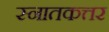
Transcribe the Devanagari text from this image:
स्नातकत्तर